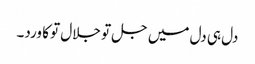
دل ہی دل میں جل تو جلال تو کا ورد۔